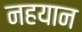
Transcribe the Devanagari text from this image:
नहयान